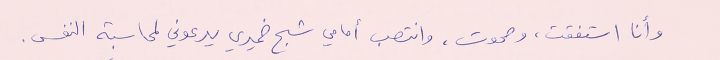
وأنا استفقت، وصحوت، وانتصب أمامي شبح ضميري يدعوني لمحاسبة النفس.